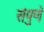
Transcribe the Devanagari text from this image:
संपुणॅ